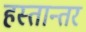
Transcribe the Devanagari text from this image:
हस्तान्तर